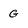
Character: G